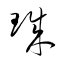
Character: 珠